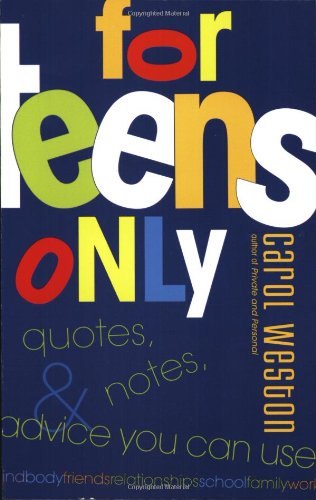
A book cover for For Teens Only: Quotes, Notes, & Advice You Can Use; Carol Weston; Teen & Young Adult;